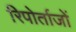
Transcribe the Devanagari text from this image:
रिपोर्ताजों